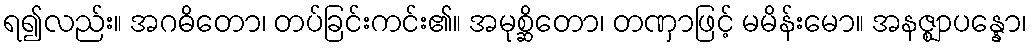
ရ၍လည်း။ အဂဓိတော၊ တပ်ခြင်းကင်း၏။ အမုစ္ဆိတော၊ တဏှာဖြင့် မမိန်းမော။ အနဇ္ဈာပန္နော၊